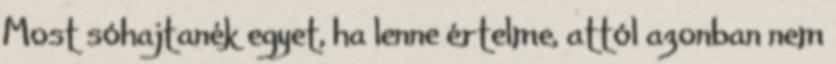
Most sóhajtanék egyet, ha lenne értelme, attól azonban nem